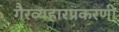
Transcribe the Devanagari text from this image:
गैरव्यहारप्रकरणी